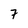
Character: 7